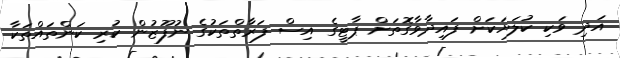
އަދި ވަކި ކުލަޔަކަށް ފައިދާވާގޮތަށް ޕާޓީގެ އިސް ފަރާތްތަކުގެ ނުފޫޒުން ކުރި ކަންތައްތަކާ